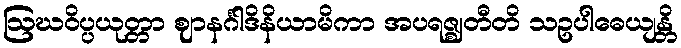
ဩဃဝိပ္ပယုတ္တာ ဈာနင်္ဂါဒိနိယာမိကာ အပရဇ္ဈတီတိ သဥပါဓေယျန္တိ